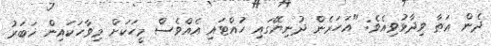
ދެން ޢަޠާ ވިދާޅުވިއެވެ: "އަހަރެން ދުނިޔޭގައި ހުއްޓައި އެއްވެސް މީހަކަށް މިވާހަކައިން ޚަބަރު